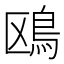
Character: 鴎